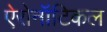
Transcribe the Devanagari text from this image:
ऐरोनॉटिकल